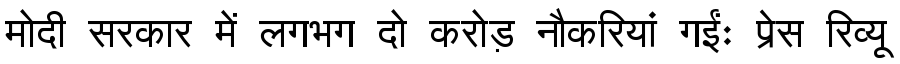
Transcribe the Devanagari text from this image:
मोदी सरकार में लगभग दो करोड़ नौकरियां गईंः प्रेस रिव्यू